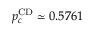
p _ { c } ^ { \mathrm { C D } } \simeq 0 . 5 7 6 1